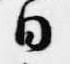
日